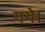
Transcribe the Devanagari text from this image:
गयेे।